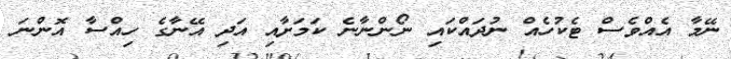
ނޭމާ އެއްވެސް ޓެކުހެއް ނުދައްކައި ނޯންނާނެ ކަމަށާއި އަދި އޭނާގެ ހިއްސާ އޮންނަ